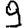
Digit: 9